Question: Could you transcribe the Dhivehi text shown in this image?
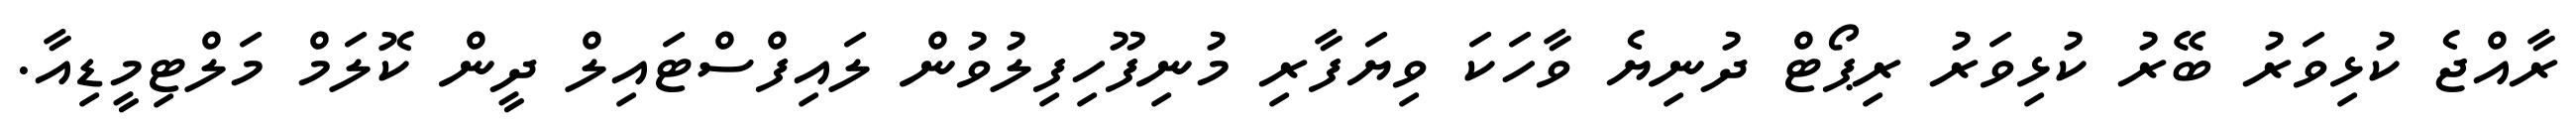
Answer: ރާއްޖެ ކުޅިވަރު ބޭރު ކުޅިވަރު ރިޕޯޓް ދުނިޔެ ވާހަކަ ވިޔަފާރި މުނިފޫހިފިލުވުން ލައިފްސްޓައިލް ދީން ކޮލަމް މަލްޓިމީޑިއާ.